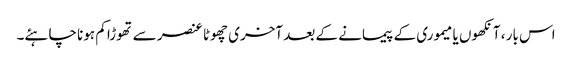
اس بار ، آنکھوں یا میموری کے پیمانے کے بعد آخری چھوٹا عنصر سے تھوڑا کم ہونا چاہئے۔